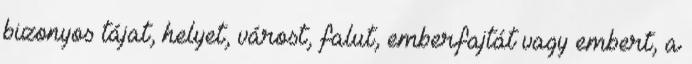
bizonyos tájat, helyet, várost, falut, emberfajtát vagy embert, a